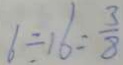
6 \div 1 6 = \frac { 3 } { 8 }